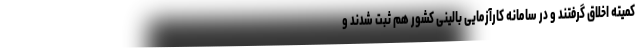
کمیته اخلاق گرفتند و در سامانه کارآزمایی بالینی کشور هم ثبت شدند و